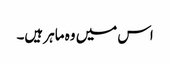
اس میں وہ ماہر ہیں۔